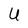
Character: U